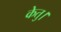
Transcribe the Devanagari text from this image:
केतु।